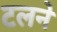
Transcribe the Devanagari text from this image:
टलने